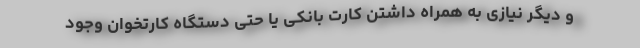
و دیگر نیازی به همراه داشتن کارت بانکی یا حتی دستگاه کارتخوان وجود